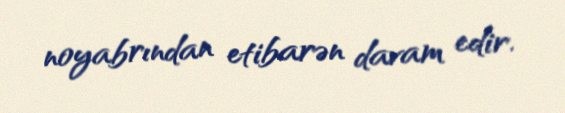
noyabrından etibarən davam edir.